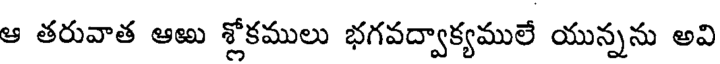
ఆ తరువాత ఆఱు శ్లోకములు భగవద్వాక్యములే యున్నను అవి